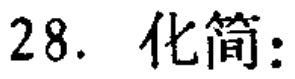
28. 化简：